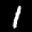
Label: 1